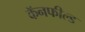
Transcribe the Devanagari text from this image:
कॅनफील्ड